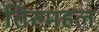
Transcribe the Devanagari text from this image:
तिरुमहल